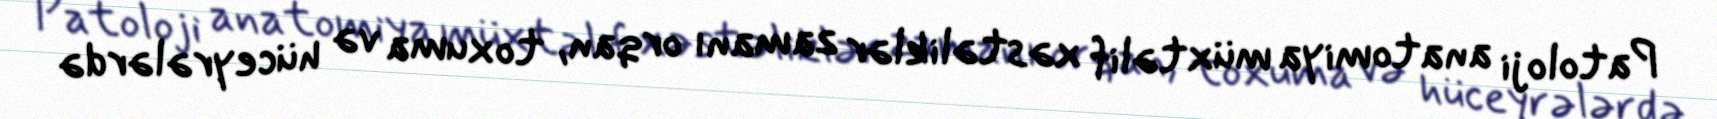
Patoloji anatomiya müxtəlif xəstəliklər zamanı orqan, toxuma və hüceyrələrdə